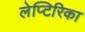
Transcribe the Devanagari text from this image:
लेप्टिरिका